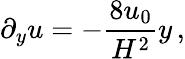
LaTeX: \partial_{y}u=-{\frac{8u_{0}}{H^{2}}}y\, ,